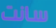
سانت